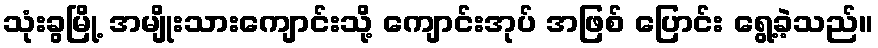
သုံးခွမြို့ အမျိုးသားကျောင်းသို့ ကျောင်းအုပ် အဖြစ် ပြောင်း ရွေ့ခဲ့သည်။